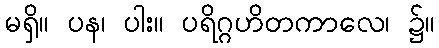
မရှိ။ ပန၊ ပါး။ ပရိဂ္ဂဟိတကာလေ၊ ၌။